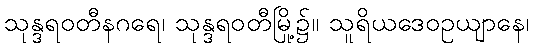
သုန္ဒရဝတီနဂရေ၊ သုန္ဒရဝတီမြို့၌။ သူရိယဒေဝဥယျာနေ၊